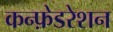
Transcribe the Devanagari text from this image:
कन्फ़ेडरेशन